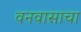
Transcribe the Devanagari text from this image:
वनवासाचा